Insane asylums in Bengal annual reports 1876-1887 - 1876-1887
Year: 1876
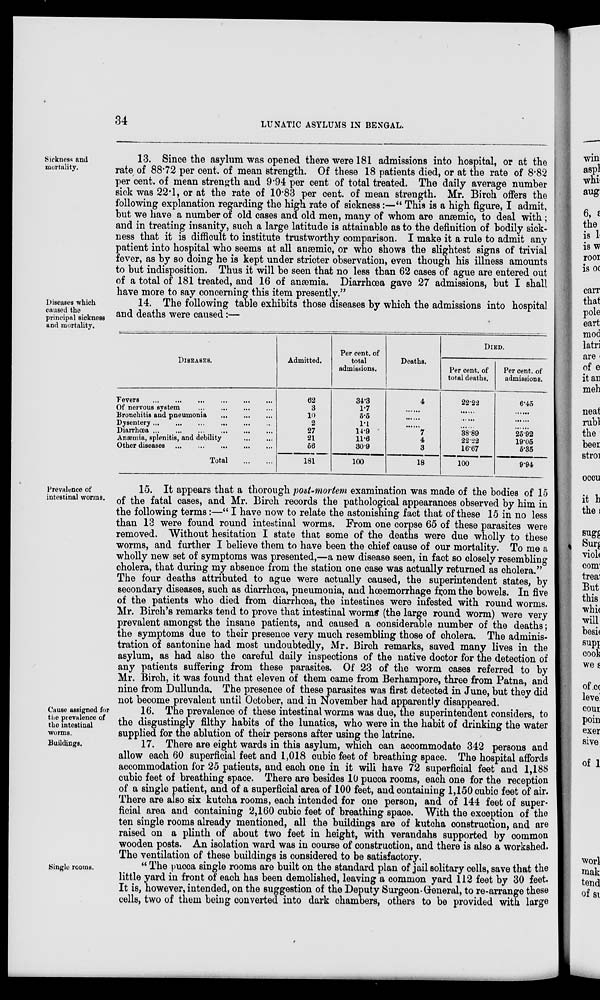
34
LUNATIC ASYLUMS IN BENGAL.
Sickness and
mortality.
13. Since the asylum was opened there were 181 admissions into hospital, or at the
rate of 88.72 per cent. of mean strength. Of these 18 patients died, or at the rate of 8.82
per cent. of mean strength and 9.94 per cent of total treated. The daily average number
sick was 22.1, or at the rate of 10.83 per cent. of mean strength. Mr. Birch offers the
following explanation regarding the high rate of sickness:—“ This is a high figure, I admit,
but we have a number of old cases and old men, many of whom are anæmic, to deal with;
and in treating insanity, such a large latitude is attainable as to the definition of bodily sick-
ness that it is difficult to institute trustworthy comparison. I make it a rule to admit any
patient into hospital who seems at all anæmic, or who shows the slightest signs of trivial
fever, as by so doing he is kept under stricter observation, even though his illness amounts
to but indisposition. Thus it will be seen that no less than 62 cases of ague are entered out
of a total of 181 treated, and 16 of anæmia. Diarrhoea gave 27 admissions, but I shall
have more to say concerning this item presently.”
Diseases which
caused the
principal sickness
and mortality.
14. The following table exhibits those diseases by which the admissions into hospital
and deaths were caused:—
DISEASES.
Fevers
...
...
...
...
...
...
Of nervous system
...
...
...
...
Bronchitis and pneumonia
...
...
...
Dysentery ... ... ... ... ... ...
Diarrhœa
...
...
...
...
...
...
Anæmia, splenitis, and debility
...
...
Other diseases ... ... ... ... ...
Total
...
...
Admitted.
62
3
10
2
27
21
56
181
Per cent. of
total
admissions.
34.3
1.7
5.5
l.l
14.9
11.6
30.9
100
Deaths.
4
......
......
......
7
4
3
18
DIED.
Per cent. of
total deaths.
22.22
......
......
......
38.89
22.22
16.67
100
Per cent. of
admissions.
6.45
......
......
......
25.92
19.05
5.35
9.94
Prevalence of
intestinal worms.
15. It appears that a thorough post-mortem examination was made of the bodies of 15
of the fatal cases, and Mr. Birch records the pathological appearances observed by him in
the following terms:—“ I have now to relate the astonishing fact that of these 15 in no less
than 13 were found round intestinal worms. From one corpse 65 of these parasites were
removed. Without hesitation I state that some of the deaths were due wholly to these
worms, and further I believe them to have been the chief cause of our mortality. To me a
wholly new set of symptoms was presented,—a new disease seen, in fact so closely resembling
cholera, that during my absence from the station one case was actually returned as cholera.”'
The four deaths attributed to ague were actually caused, the superintendent states, by
secondary diseases, such as diarrhœa, pneumonia, and hœemorrhage from the bowels. In five
of the patients who died from diarrhœa, the intestines were infested with round worms.
Mr. Birch's remarks tend to prove that intestinal worms (the large round worm) were very
prevalent amongst the insane patients, and caused a considerable number of the deaths;
the symptoms due to their presence very much resembling those of cholera. The adminis-
tration of santonine had most undoubtedly, Mr. Birch remarks, saved many lives in the
asylum, as had also the careful daily inspections of the native doctor for the detection of
any patients suffering from these parasites. Of 23 of the worm cases referred to by
Mr. Birch, it was found that eleven of them came from Berhampore, three from Patna, and
nine from Dullunda. The presence of these parasites was first detected in June, but they did
not become prevalent until October, and in November had apparently disappeared.
Cause assigned for
the prevalence of
the intestinal
worms.
Buildings.
16. The prevalence of these intestinal worms was due, the superintendent considers, to
the disgustingly filthy habits of the lunatics, who were in the habit of drinking the water
supplied for the ablution of their persons after using the latrine.
17. There are eight wards in this asylum, which can accommodate 342 persons and
allow each 60 superficial feet and 1,018 cubic feet of breathing space. The hospital affords
accommodation for 25 patients, and each one in it will have 72 superficial feet and 1,188
cubic feet of breathing space. There are besides 10 pucca rooms, each one for the reception
of a single patient, and of a superficial area of 100 feet, and containing 1,150 cubic feet of air.
There are also six kutcha rooms, each intended for one person, and of 144 feet of super-
ficial area and containing 2,160 cubic feet of breathing space. With the exception of the
ten single rooms already mentioned, all the buildings are of kutcha construction, and are
raised on a plinth of about two feet in height, with verandahs supported by common
wooden posts. An isolation ward was in course of construction, and there is also a workshed.
The ventilation of these buildings is considered to be satisfactory.
Single rooms.
“ The pucca single rooms are built on the standard plan of jail solitary cells, save that the
little yard in front of each has been demolished, leaving a common yard 112 feet by 30 feet.
It is, however, intended, on the suggestion of the Deputy Surgeon-General, to re-arrange these
cells, two of them being converted into dark chambers, others to be provided with large